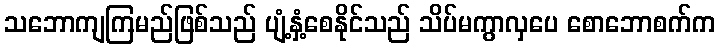
သဘောကျကြမည်ဖြစ်သည် ပျံ့နှံ့စေနိုင်သည် သိပ်မကွာလှပေ စောဘောစက်က